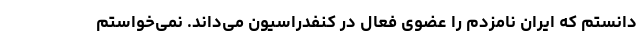
‌دانستم که ایران نامزدم را عضوی فعال در کنفدراسیون می‌داند. نمی‌خواستم